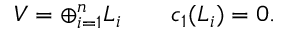
V = \oplus _ { i = 1 } ^ { n } L _ { i } \qquad c _ { 1 } ( L _ { i } ) = 0 .